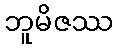
ဘူမိဇဿ